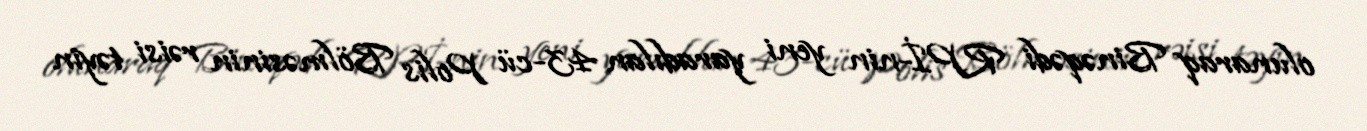
olunaraq Binəqədi RPİ-nin yeni yaradılan 43-cü Polis Bölməsinin rəisi təyin